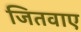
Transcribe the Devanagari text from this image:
जितवाए